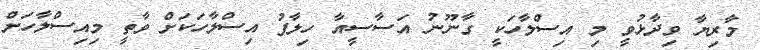
މާރިޔާ ވިދާޅުވީ މި އިސްލާހަކީ ގާނޫނު އަސާސީއާ ހިލާފު އިސްލާހަކަށް ވާތީ މިއިސްލާހަށް